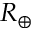
R _ { \oplus }